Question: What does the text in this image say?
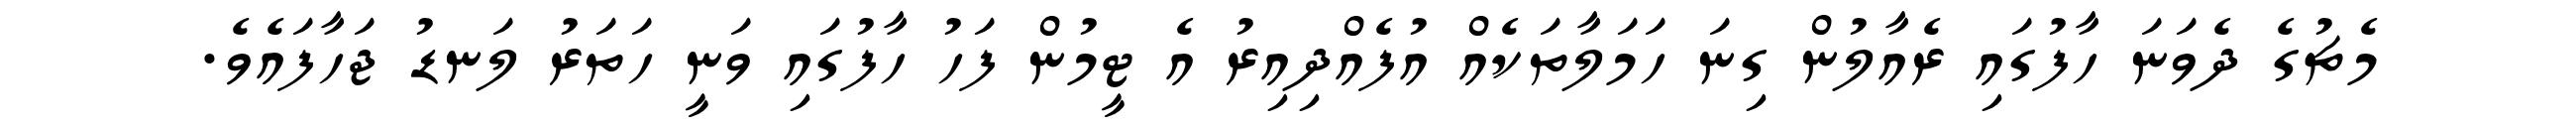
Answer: މެޗުގެ ދެވަނަ ހާފުގައި ރެއާލުން ގިނަ ހަމަލާތަކެއް އުފެއްދިއިރު އެ ޓީމުން ފަހު ހާފުގައި ވަނީ ހަތަރު ލަނޑު ޖަހާފައެވެ.